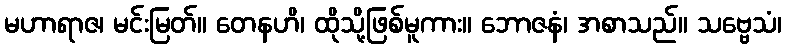
မဟာရာဇ၊ မင်းမြတ်။ တေနဟိ၊ ထိုသို့ဖြစ်မူကား။ ဘောဇနံ၊ အစာသည်။ သဗ္ဗေသံ၊